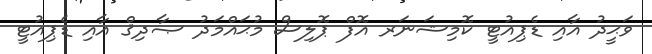
ވަޙީދު އާއި ޑެޕިއުޓީ ކޮމިޝަނަރ އޮފް ޕޮލިސް މުޙައްމަދު ޞާދިޤް އާއި ޑެޕިއުޓީ